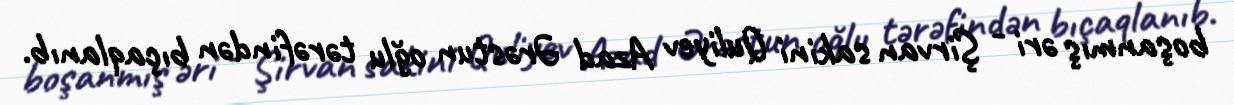
boşanmış əri - Şirvan sakini Quliyev Azad Ərəstun oğlu tərəfindən bıçaqlanıb.